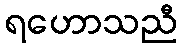
ရဟောသညီ